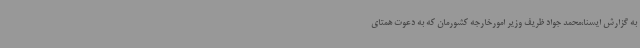
به گزارش ایسنا،محمد جواد ظریف وزیر امورخارجه کشورمان که به دعوت همتای